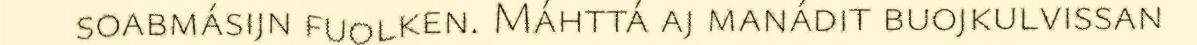
soabmásijn fuolken. Máhttá aj manádit buojkulvissan